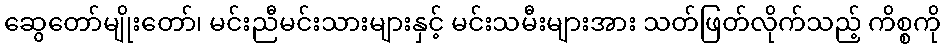
ဆွေတော်မျိုးတော်၊ မင်းညီမင်းသားများနှင့် မင်းသမီးများအား သတ်ဖြတ်လိုက်သည့် ကိစ္စကို